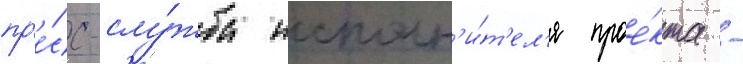
пр'е́сс-слу́жба исполн'и́т'ел'я прое́кта -